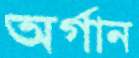
অর্গান